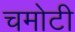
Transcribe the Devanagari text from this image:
चमोटी